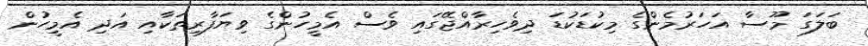
ބަލަގަ މޫސާ އަހަރުމެންގެ މިކުޑަކުޑަ ދިވެހިރާއްޖޭގައި ވެސް އެމީހުންގެ ވިޔަފާރިތަކާއި އަދި އެމީހުން